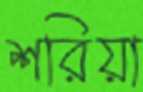
শরিয়া